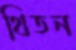
থিতন